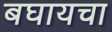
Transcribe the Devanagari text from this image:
बघायचा